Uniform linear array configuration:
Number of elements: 32
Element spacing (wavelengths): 0.25
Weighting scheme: hamming
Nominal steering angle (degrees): -15
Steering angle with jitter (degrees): -15.795
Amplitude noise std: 0.05
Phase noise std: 0.05

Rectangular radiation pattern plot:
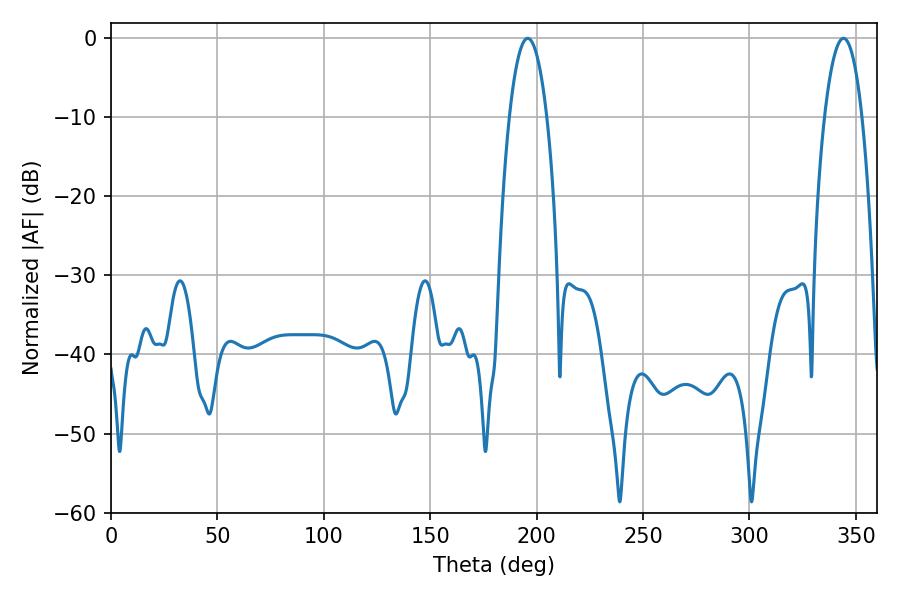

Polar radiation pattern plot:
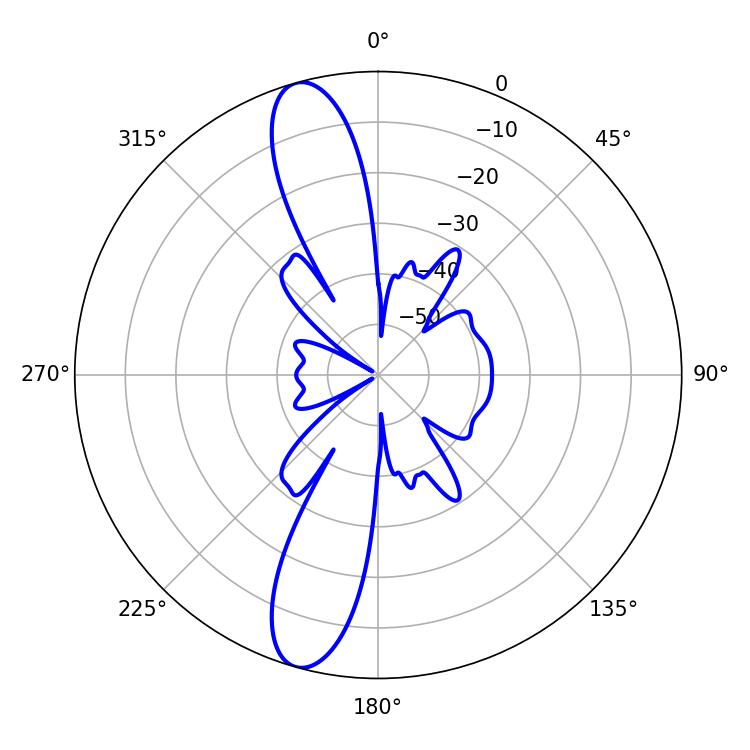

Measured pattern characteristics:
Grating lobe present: FALSE
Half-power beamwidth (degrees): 9.72
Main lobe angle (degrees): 195.84